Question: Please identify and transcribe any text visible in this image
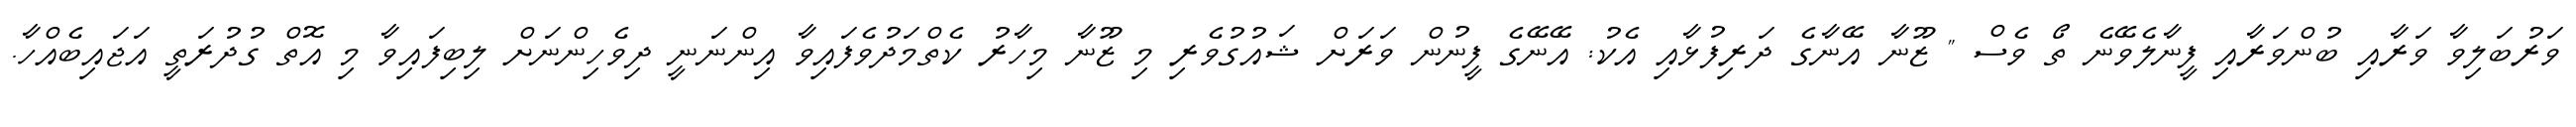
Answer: ވަރުބަލިވާ ވަރާއި ބުންވަރާއި ފީނާލެވޭނެ ތޯ ވެސް " ޒޫނާ އޭނާގެ ދަރިފުޅާއި އެކު: އޭނޭގެ ފީނުން ވަރަށް ޝައުގުވެރި މި ޒޫނާ މިހާރު ކެތްމަދުވެފައިވާ އިންނަނީ ދިވެހިންނަށް ލިބިފައިވާ މި އޮތް ގުދުރަތީ އަޖައިބެއްހާ.